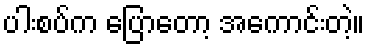
ပါးစပ်က ပြောတော့ အကောင်းတဲ့။